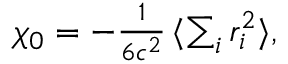
\begin{array} { r } { \chi _ { 0 } = - \frac { 1 } { 6 c ^ { 2 } } \, \langle \sum _ { i } r _ { i } ^ { 2 } \rangle , } \end{array}